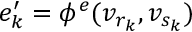
e _ { k } ^ { \prime } = \phi ^ { e } ( v _ { r _ { k } } , v _ { s _ { k } } )